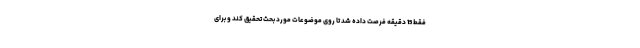
فقط 15 دقیقه فرصت داده شد تا روی موضوعات مورد بحث تحقیق کند و برای